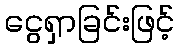
ငွေရှာခြင်းဖြင့်